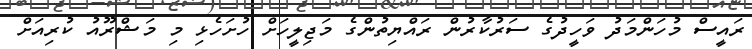
ރައީސް މުހަންމަދު ވަހީދުގެ ސަރުކާރުން ރައްޔިތުންގެ މަޖިލީހަށް ހުށަހެޅި މި މަޝްރޫއު ކުރިއަށް